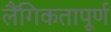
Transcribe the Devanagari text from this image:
लैंगिकतापूर्ण